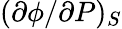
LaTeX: (\partial\phi/\partial P)_{S}